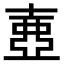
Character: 𡔲